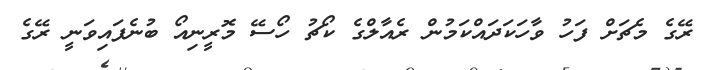
ރޭގެ މެޗަށް ފަހު ވާހަކަދައްކަމުން ރެއާލްގެ ކޯޗު ހޯސޭ މޮރީނިއޯ ބުނެފައިވަނީ ރޭގެ